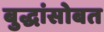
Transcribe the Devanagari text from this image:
बुद्धांसोबत